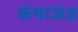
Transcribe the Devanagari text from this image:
कंपाऊंड